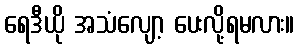
ရေဒီယို အသံလျော့ ပေးလို့ရမလား။